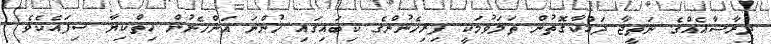
ދިރާސާއެއްގެ ނަތީޖާ ދައްކާގޮތުން ތަލަވުމަކީ ފިރިހެނުންގެ ކިބައިގައި ހުންނަ އަންހެނުން ހިތްކިޔާ ސިފައެކެވެ.